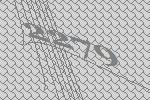
2279